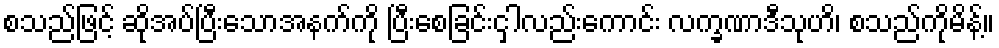
စသည်ဖြင့် ဆိုအပ်ပြီးသောအနက်ကို ပြီးစေခြင်းငှါလည်းကောင်း လက္ခဏာဒီသုဟိ၊ စသည်ကိုမိန့်။